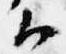
候